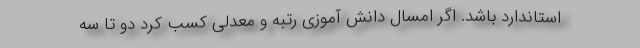
استاندارد باشد. اگر امسال دانش آموزی رتبه و معدلی کسب کرد دو تا سه